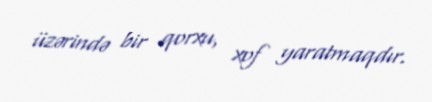
üzərində bir qorxu, xof yaratmaqdır.